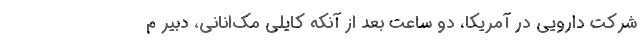
شرکت دارویی در آمریکا، دو ساعت بعد از آنکه کایلی مک‌انانی، دبیر م